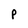
Character: P